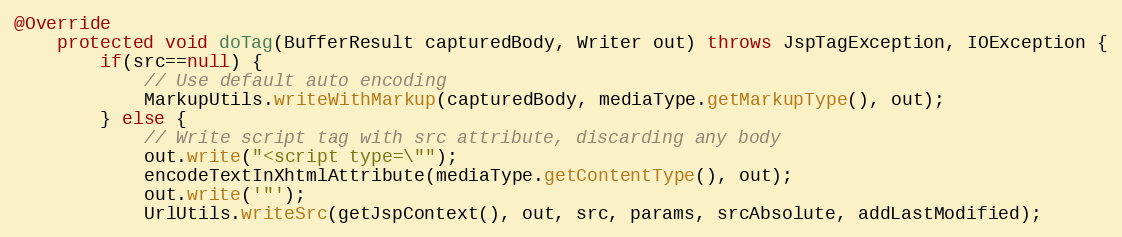
Language: Java
@Override
	protected void doTag(BufferResult capturedBody, Writer out) throws JspTagException, IOException {
		if(src==null) {
			// Use default auto encoding
			MarkupUtils.writeWithMarkup(capturedBody, mediaType.getMarkupType(), out);
		} else {
			// Write script tag with src attribute, discarding any body
			out.write("<script type=\"");
			encodeTextInXhtmlAttribute(mediaType.getContentType(), out);
			out.write('"');
			UrlUtils.writeSrc(getJspContext(), out, src, params, srcAbsolute, addLastModified);